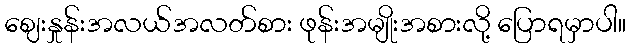
ဈေးနှုန်းအလယ်အလတ်စား ဖုန်းအမျိုးအစားလို့ ပြောရမှာပါ။